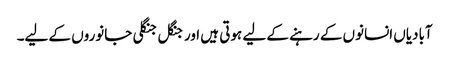
آبادیاں انسانوں کے رہنے کے لیے ہوتی ہیں اور جنگل جنگلی جانوروں کے لیے۔